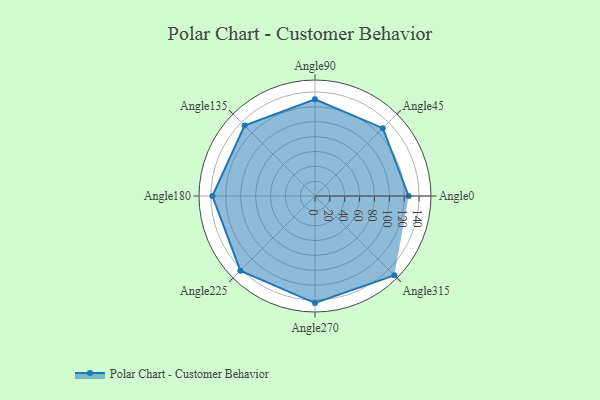
{"axis": {"x": "Angle", "y": "Radius"}, "legend": [""], "data": [{"x": "Angle0", "y": 126.0, "type": ""}, {"x": "Angle45", "y": 129.0, "type": ""}, {"x": "Angle90", "y": 130.0, "type": ""}, {"x": "Angle135", "y": 134.0, "type": ""}, {"x": "Angle180", "y": 138.0, "type": ""}, {"x": "Angle225", "y": 142.0, "type": ""}, {"x": "Angle270", "y": 144.0, "type": ""}, {"x": "Angle315", "y": 151.0, "type": ""}]}